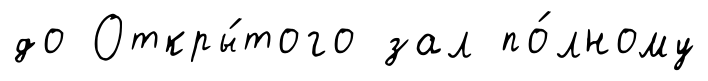
до Откры́того зал по́лному